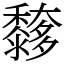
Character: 䵙